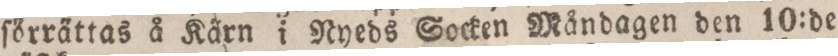
ſörrättas å Kärn i Nyeds Socken Måndagen den 10:de